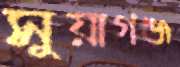
সুয়াগঞ্জ